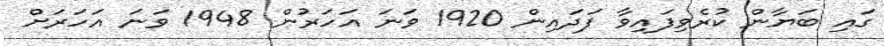
ގައި ބަޔާން ކުރެވިފައިވާ ފަދައިން 1920 ވަނަ އަހަރުން 1948 ވަނަ އަހަރަށް